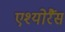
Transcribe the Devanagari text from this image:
एश्योरैंस